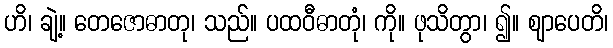
ဟိ၊ ချဲ့။ တေဇောဓာတု၊ သည်။ ပထဝီဓာတုံ၊ ကို။ ဖုသိတွာ၊ ၍။ ဈာပေတိ၊